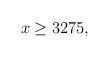
LaTeX: \begin{align*}x\geq 3275,\end{align*}